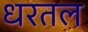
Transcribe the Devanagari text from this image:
धरतल